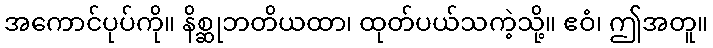
အကောင်ပုပ်ကို။ နိစ္ဆုဘတိယထာ၊ ထုတ်ပယ်သကဲ့သို့။ ဧဝံ၊ ဤအတူ။